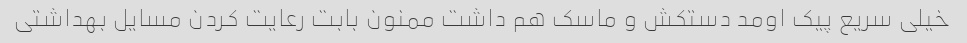
خیلی سریع پیک اومد دستکش و ماسک هم داشت ممنون بابت رعایت کردن مسایل بهداشتی